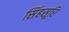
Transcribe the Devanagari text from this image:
सिंहसूरि